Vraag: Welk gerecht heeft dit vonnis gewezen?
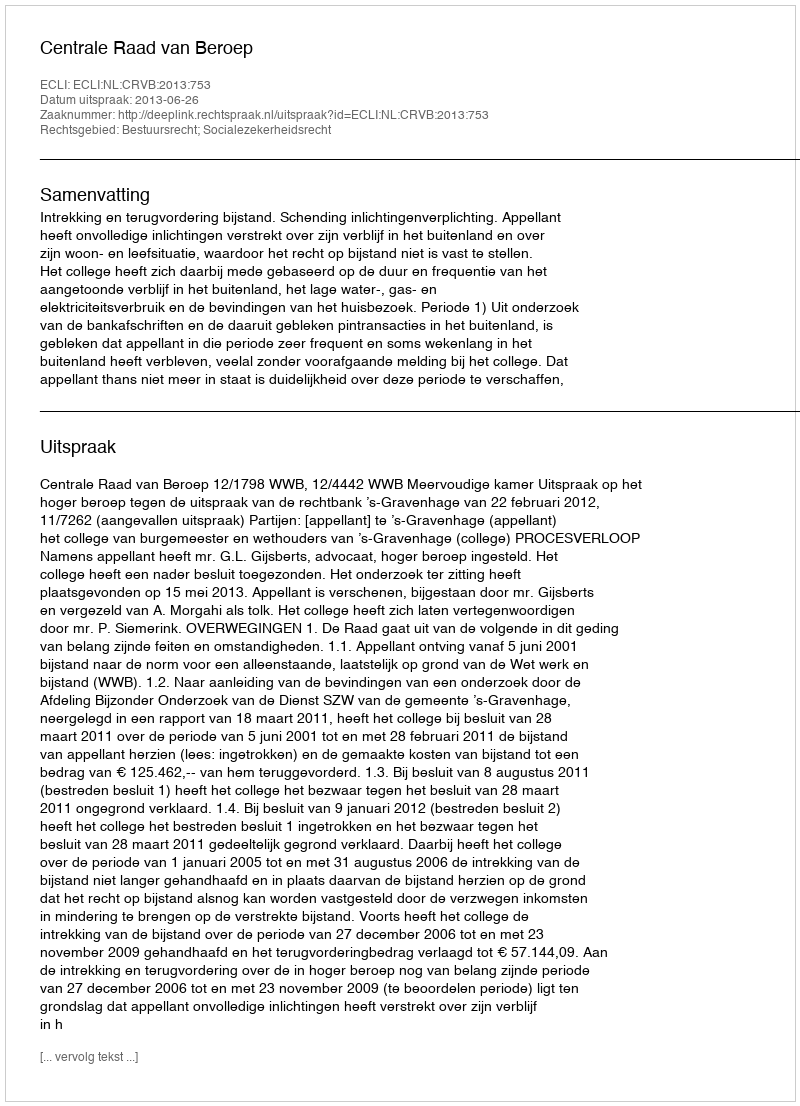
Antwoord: Centrale Raad van Beroep